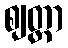
ဈတ္တာ